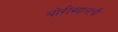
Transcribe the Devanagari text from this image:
बोरीखालची